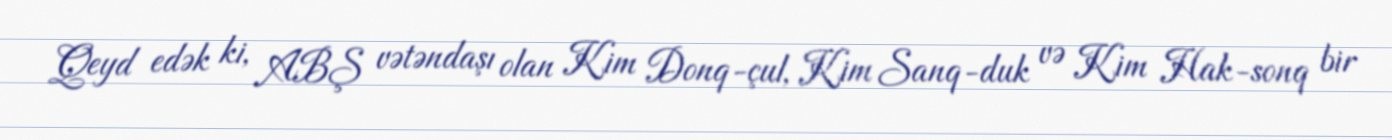
Qeyd edək ki, ABŞ vətəndaşı olan Kim Donq-çul, Kim Sanq-duk və Kim Hak-sonq bir